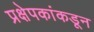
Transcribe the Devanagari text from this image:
प्रक्षेपकांकडून